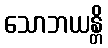
သောဘယန္တိ